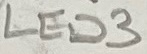
Text: LED3